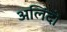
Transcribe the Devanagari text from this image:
अलिंदों